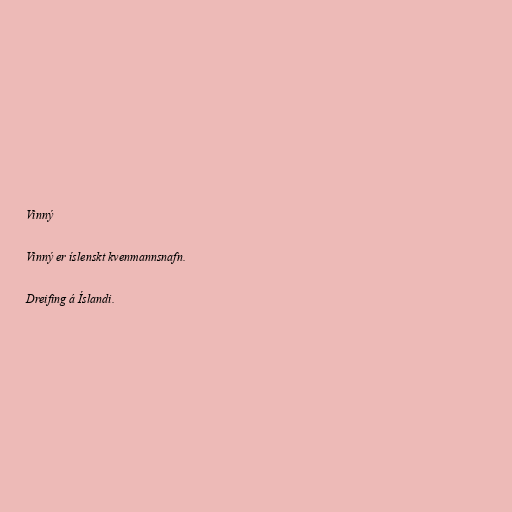
Vinný

Vinný er íslenskt kvenmannsnafn.

Dreifing á Íslandi.